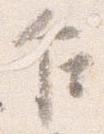
乍